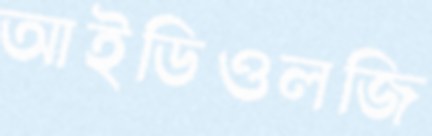
আইডিওলজি